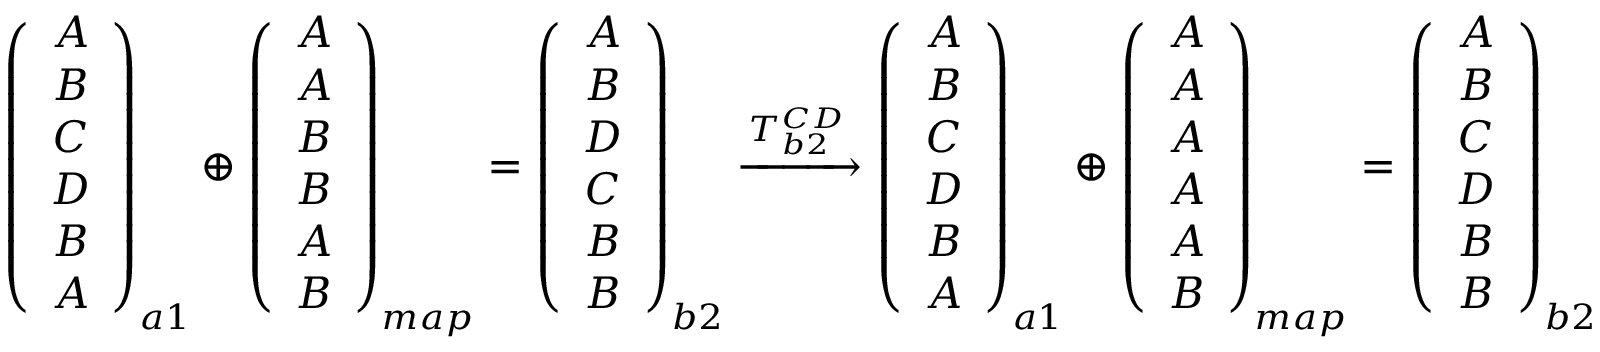
\begin{array} { r } { \left( \begin{array} { c } { A } \\ { B } \\ { C } \\ { D } \\ { B } \\ { A } \end{array} \right) _ { a 1 } \oplus \left( \begin{array} { c } { A } \\ { A } \\ { B } \\ { B } \\ { A } \\ { B } \end{array} \right) _ { m a p } = \left( \begin{array} { c } { A } \\ { B } \\ { D } \\ { C } \\ { B } \\ { B } \end{array} \right) _ { b 2 } \xrightarrow { T _ { b 2 } ^ { C D } } \left( \begin{array} { c } { A } \\ { B } \\ { C } \\ { D } \\ { B } \\ { A } \end{array} \right) _ { a 1 } \oplus \left( \begin{array} { c } { A } \\ { A } \\ { A } \\ { A } \\ { A } \\ { B } \end{array} \right) _ { m a p } = \left( \begin{array} { c } { A } \\ { B } \\ { C } \\ { D } \\ { B } \\ { B } \end{array} \right) _ { b 2 } } \end{array}